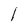
Character: l